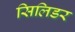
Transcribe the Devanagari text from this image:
सिलिडर